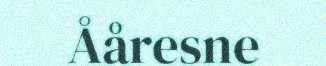
Ååresne